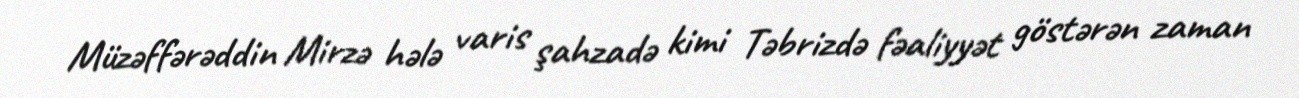
Müzəffərəddin Mirzə hələ varis şahzadə kimi Təbrizdə fəaliyyət göstərən zaman